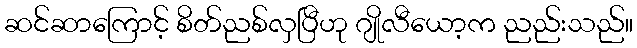
ဆင်ဆာကြောင့် စိတ်ညစ်လှပြီဟု ဂျိုလီယော့က ညည်းသည်။